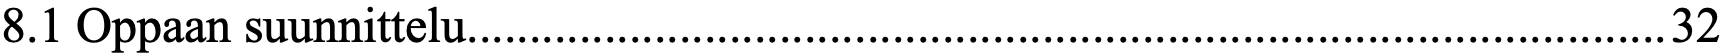
8.1 Oppaan suunnittelu................................................................................................ 32